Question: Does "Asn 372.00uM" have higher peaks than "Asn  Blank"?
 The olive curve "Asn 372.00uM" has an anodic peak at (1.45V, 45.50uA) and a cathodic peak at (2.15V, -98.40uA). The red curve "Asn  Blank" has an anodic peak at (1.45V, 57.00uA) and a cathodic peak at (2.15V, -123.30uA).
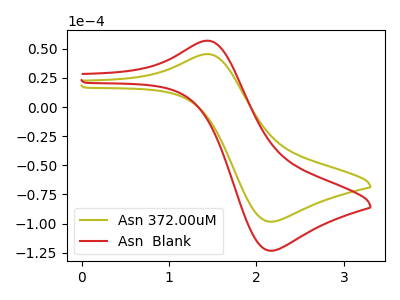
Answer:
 <answer>Every peak in "Asn 372.00uM" is lower than every peak in "Asn  Blank".</answer>
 <eval>lower</eval>